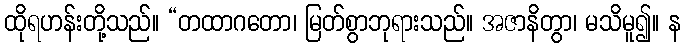
ထိုရဟန်းတို့သည်။ “တထာဂတော၊ မြတ်စွာဘုရားသည်။ အဇာနိတွာ၊ မသိမူ၍။ န